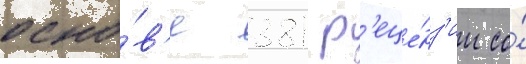
осно́в'е 381 р'еце́нз'ии со́